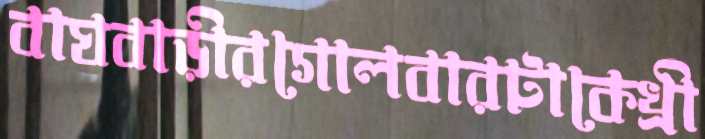
বাঘবাড়ীরগোলবারটাকেখ্রী